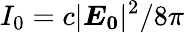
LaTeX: I_{0}=c\lvert\boldsymbol{E_{0}}\rvert^{2}/8\pi